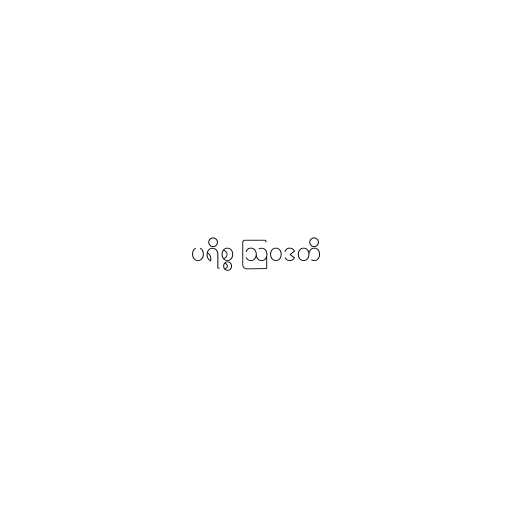
ပရိစ္စ ဩဝဒတိ